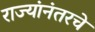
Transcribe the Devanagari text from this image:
राज्यांनंतरचे